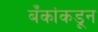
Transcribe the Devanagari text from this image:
बँकांकडून